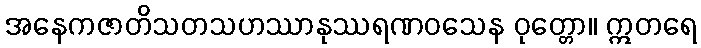
အနေကဇာတိသတသဟဿာနုဿရဏဝသေန ဝုတ္တော။ ဣတရေ